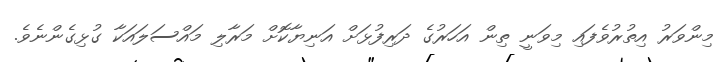
މިންވަރު އިތުރުވެފައި މިިވަނީ ތިން އަހަރުގެ ދަރިފުޅަށް އަނިޔާކޮށް މަރާލި މައްސަލައަކާ ގުޅިގެންނެވެ.